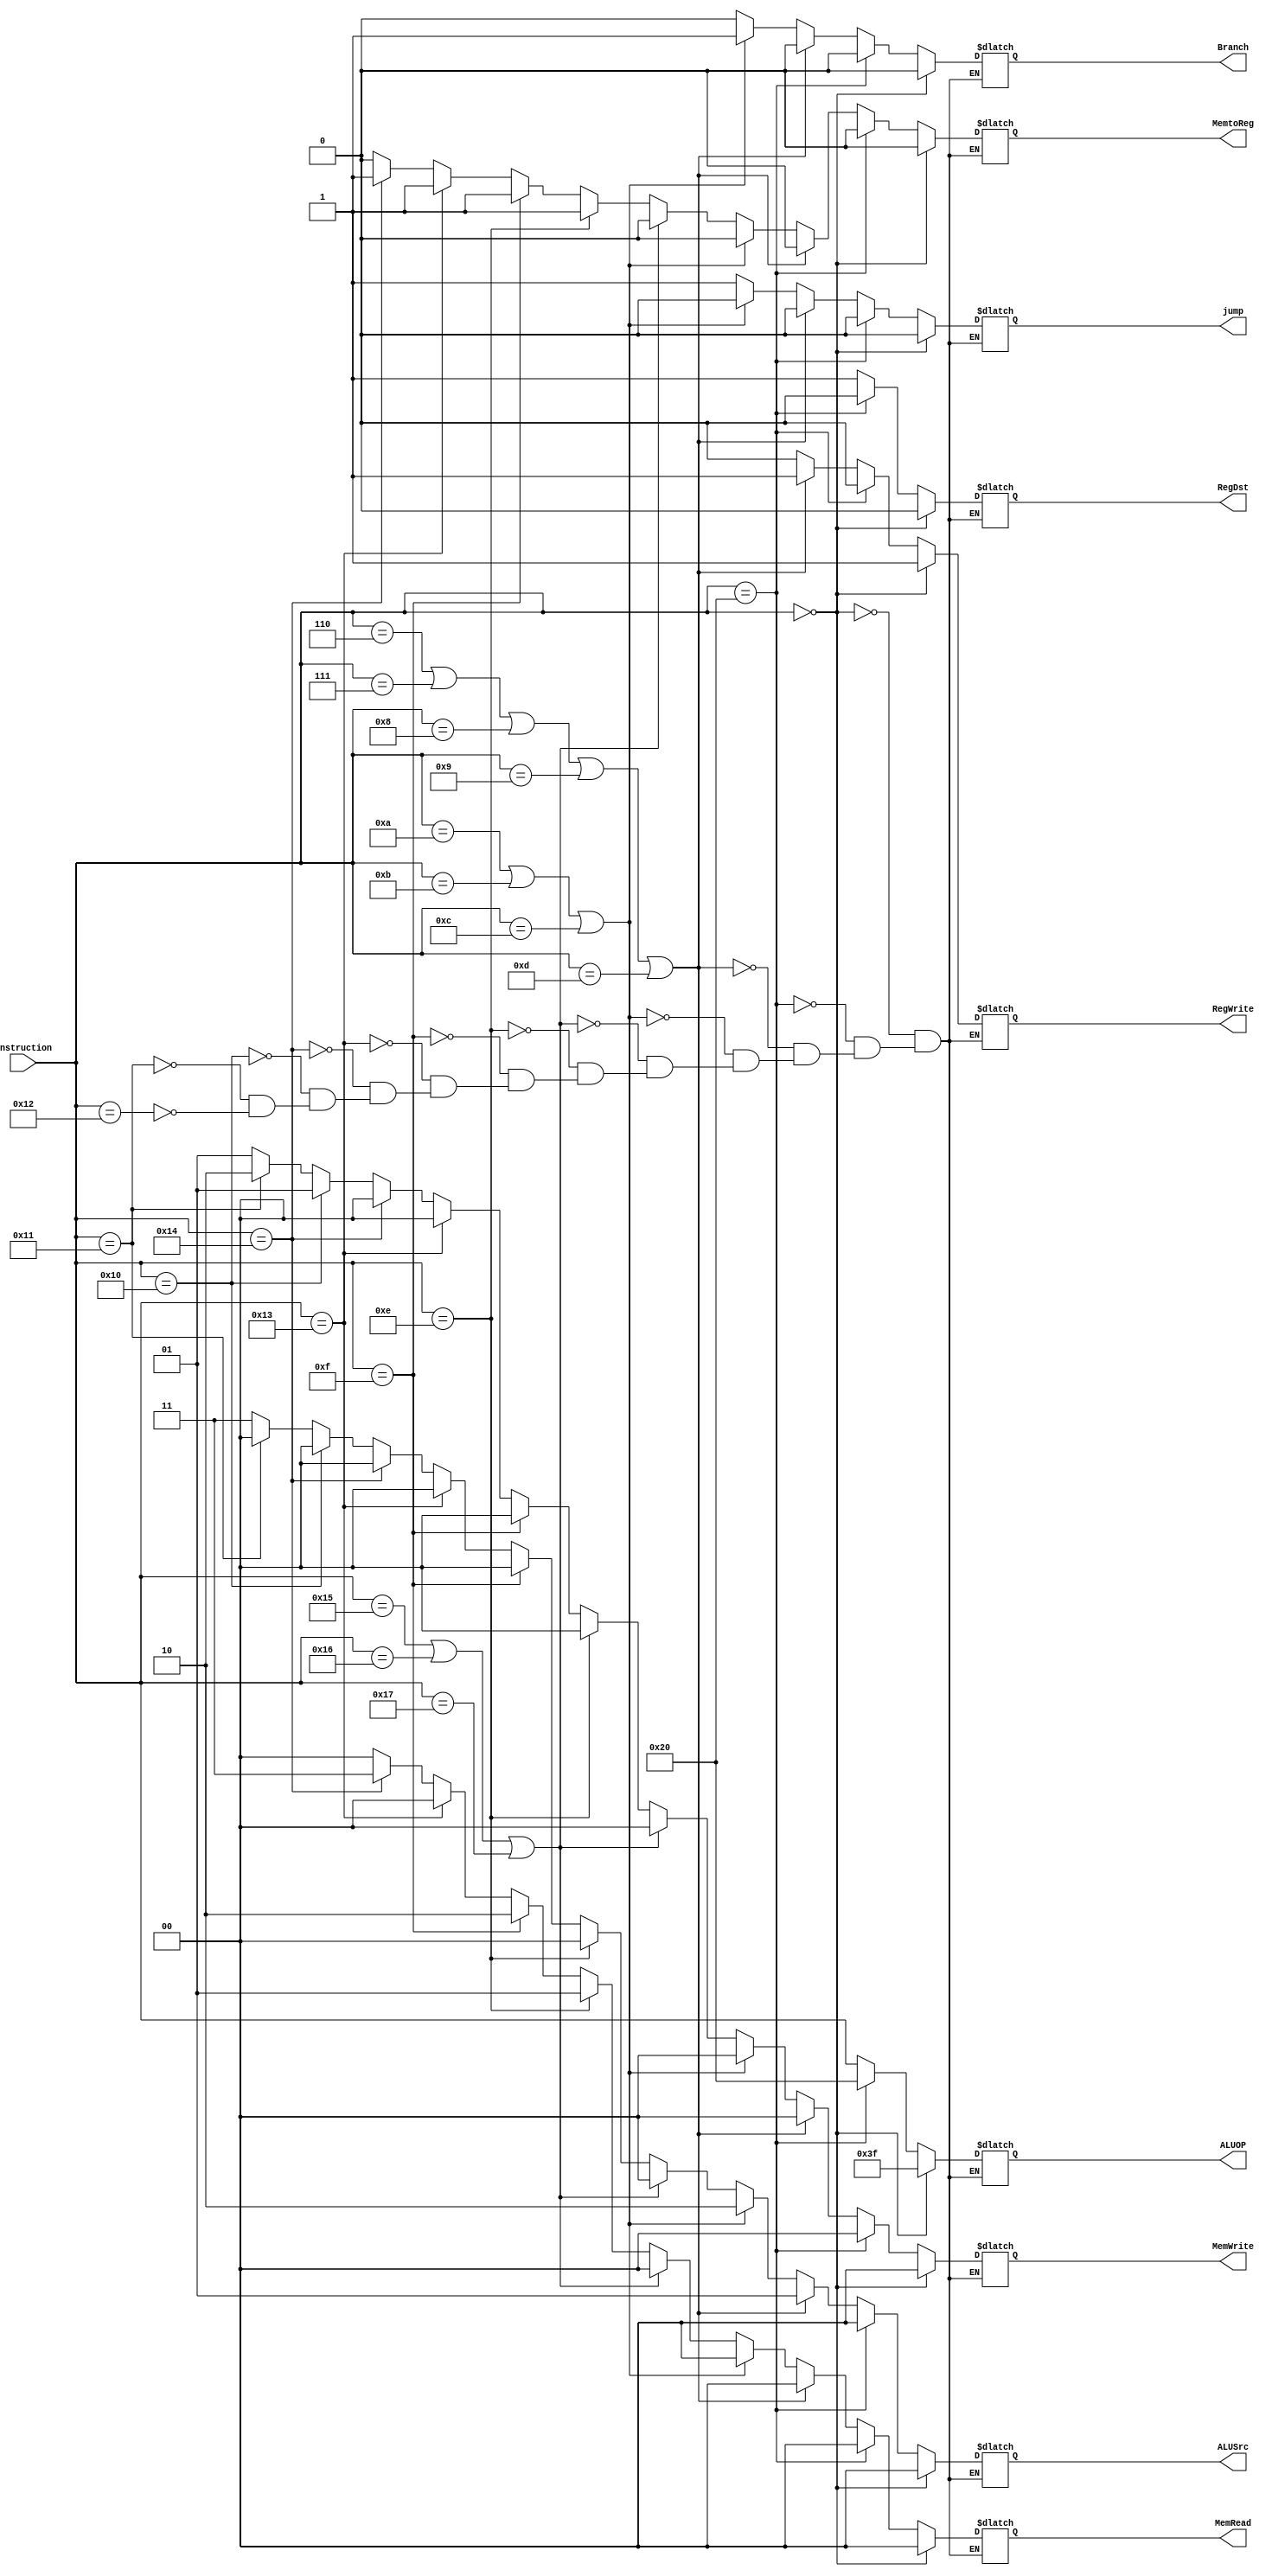
module Control_Unit(instruction,RegDst,jump,Branch,MemRead,MemtoReg,ALUOP,MemWrite,ALUSrc,RegWrite);

input [5:0] instruction;
output reg RegDst;//falta probar 
output reg  jump;
output reg  Branch;
output reg  [1:0] MemRead;
output reg  MemtoReg;
output reg  [5:0] ALUOP;
output reg [1:0] MemWrite;
output reg [1:0] ALUSrc;
output reg RegWrite;

always@(instruction)
begin
    if(instruction == 6'b000000) 
        begin
            RegDst<=1'b0;
            jump<=1'b0;
            Branch<=1'b0;
            MemRead<=2'b00;
            MemtoReg<=1'b0;
            ALUOP<=6'b111111;
            MemWrite<=2'b00;
            ALUSrc<=2'b00;
            RegWrite<=1'b1;
        end
    else if(instruction == 6'b100000)
        begin
            RegDst<=1'b0;
            jump<=1'b0;
            Branch<=1'b0;
            MemRead<=2'b00;
            MemtoReg<=1'b0;
            ALUOP<=6'b100000;
            MemWrite<=2'b00;
            ALUSrc<=2'b00;
            RegWrite<=1'b0;
        end    
    else
        begin
            if( instruction == 6'b000110 || instruction== 6'b000111 || instruction==6'b001000 || instruction==6'b001001 || instruction==6'b001101 )//ADDI,ANDI,SUBI,ORI,SLTI  
                begin 
                    RegDst<=1'b1;
                    jump<=1'b0;
                    Branch<=1'b0;
                    MemRead<=2'b00;
                    MemtoReg<=1'b0;
                    ALUOP<=instruction;
                    MemWrite<=2'b00;
                    ALUSrc<=2'b01;
                    RegWrite<=1'b1;
                end  
            else if( instruction == 6'b001010 || instruction== 6'b001011 || instruction==6'b001100 )//BEQ,BNEQ,BGEZ.
                begin
                    RegDst<=1'b1;
                    jump<=1'b0;
                    Branch<=1'b1;
                    MemRead<=2'b00;
                    MemtoReg<=1'b0;
                    ALUOP<=instruction;
                    MemWrite<=2'b00;
                    ALUSrc<=2'b10;
                    RegWrite<=1'b0;            
                end
            else if (instruction == 6'b010101 || instruction == 6'b010110 || instruction == 6'b010111)//J,JR,JAL            
                begin
                    RegDst<=1'b1;
                    jump<=1'b1;
                    Branch<=1'b0;
                    MemRead<=2'b00;
                    MemtoReg<=1'b0;
                    ALUOP<=instruction;
                    MemWrite<=2'b00;
                    ALUSrc<=2'b00;
                    RegWrite<=1'b0; 
                end
            else if (instruction == 6'b001110)//LH           
                begin
                    RegDst<=1'b1;
                    jump<=1'b1;
                    Branch<=1'b0;
                    MemRead<=2'b01;
                    MemtoReg<=1'b1;
                    ALUOP<=instruction;
                    MemWrite<=2'b00;
                    ALUSrc<=2'b00;
                    RegWrite<=1'b0; 
                end
            else if (instruction == 6'b001111)//LW          
                begin
                    RegDst<=1'b1;
                    jump<=1'b1;
                    Branch<=1'b0;
                    MemRead<=2'b10;
                    MemtoReg<=1'b1;
                    ALUOP<=instruction;
                    MemWrite<=2'b00;
                    ALUSrc<=2'b00;
                    RegWrite<=1'b0; 
                end
            else if (instruction == 6'b010011)//LUI        
                begin
                    RegDst<=1'b1;
                    jump<=1'b1;
                    Branch<=1'b0;
                    MemRead<=2'b00;
                    MemtoReg<=1'b1;
                    ALUOP<=instruction;
                    MemWrite<=2'b00;
                    ALUSrc<=2'b00;
                    RegWrite<=1'b0; 
                end
            else if (instruction == 6'b010100)//LB           
                begin
                    RegDst<=1'b1;
                    jump<=1'b1;
                    Branch<=1'b0;
                    MemRead<=2'b11;
                    MemtoReg<=1'b1;
                    ALUOP<=instruction;
                    MemWrite<=2'b00;
                    ALUSrc<=2'b00;
                    RegWrite<=1'b0; 
                end
            else if (instruction == 6'b010000)//SB         
                begin
                    RegDst<=1'b1;
                    jump<=1'b1;
                    Branch<=1'b0;
                    MemRead<=2'b00;
                    MemtoReg<=1'b0;
                    ALUOP<=instruction;
                    MemWrite<=2'b01;
                    ALUSrc<=2'b00;
                    RegWrite<=1'b0; 
                end
            else if (instruction == 6'b010001)//SH        
                begin
                    RegDst<=1'b1;
                    jump<=1'b1;
                    Branch<=1'b0;
                    MemRead<=2'b00;
                    MemtoReg<=1'b0;
                    ALUOP<=instruction;
                    MemWrite<=2'b10;
                    ALUSrc<=2'b00;
                    RegWrite<=1'b0; 
                end
            else if (instruction == 6'b010010)//SW         
                begin
                    RegDst<=1'b1;
                    jump<=1'b1;
                    Branch<=1'b0;
                    MemRead<=2'b00;
                    MemtoReg<=1'b0;
                    ALUOP<=instruction;
                    MemWrite<=2'b01;
                    ALUSrc<=2'b11;
                    RegWrite<=1'b0; 
                end
        end
end


endmodule